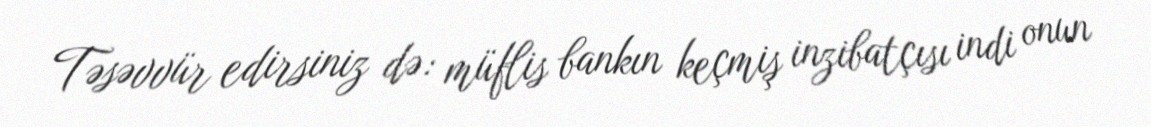
Təsəvvür edirsiniz də: müflis bankın keçmiş inzibatçısı indi onun